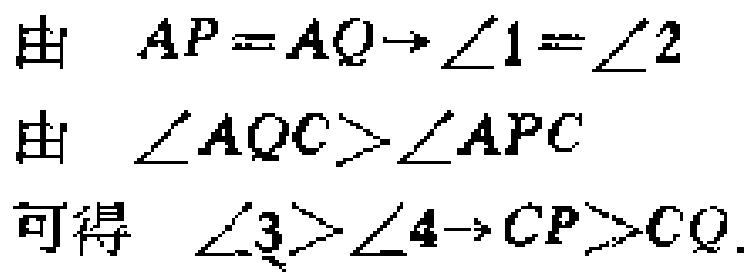
由 \(AP = AQ\to\angle1=\angle2\)
由 \(\angle AQC>\angle APC\)
可得 \(\angle3>\angle4\to CP>CQ\).